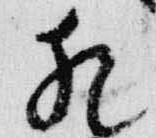
猶